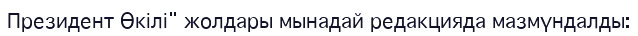
Президент Өкілі" жолдары мынадай редакцияда мазмүндалды: